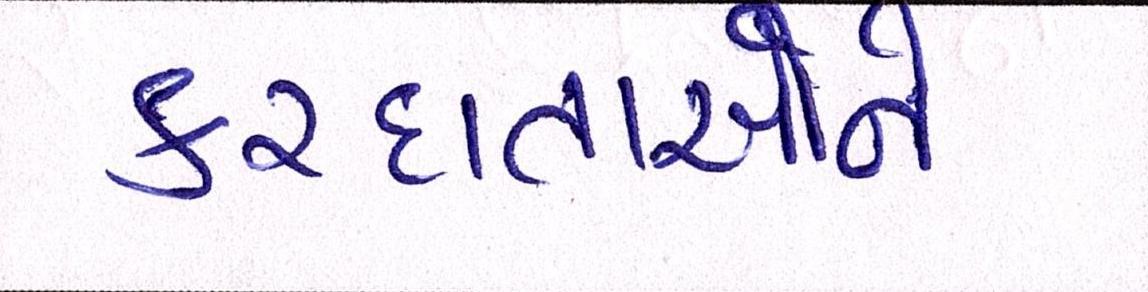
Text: કરદાતાઓને